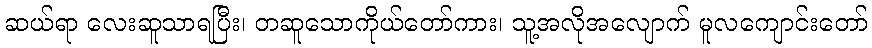
ဆယ်ရာ လေးဆူသာရပြီး၊ တဆူသောကိုယ်တော်ကား၊ သူ့အလိုအလျောက် မူလကျောင်းတော်